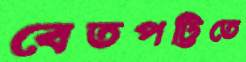
বেতপট্টিতে